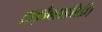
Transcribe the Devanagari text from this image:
ट्राइडैक्टाइलिडी।